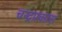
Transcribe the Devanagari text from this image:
चन्द्रप्रकास